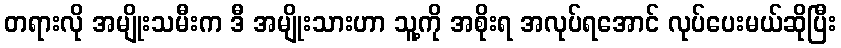
တရားလို အမျိုးသမီးက ဒီ အမျိုးသားဟာ သူ့ကို အစိုးရ အလုပ်ရအောင် လုပ်ပေးမယ်ဆိုပြီး